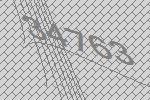
34763